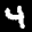
Label: 4